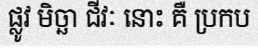
ផ្លូវ មិច្ឆា ជីវៈ នោះ គឺ ប្រកប